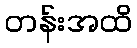
တန်းအထိ